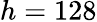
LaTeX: h=128